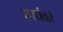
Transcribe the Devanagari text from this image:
स्पर्धको